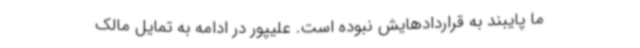
ما پایبند به قراردادهایش نبوده است. علیپور در ادامه به تمایل مالک